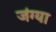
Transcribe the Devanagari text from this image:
जंग्या